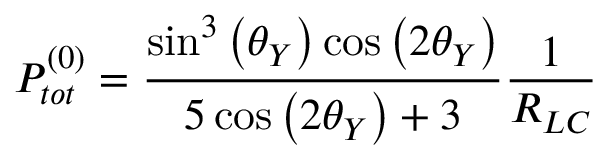
P _ { t o t } ^ { ( 0 ) } = \frac { \sin ^ { 3 } \left( \theta _ { Y } \right) \cos \left( 2 \theta _ { Y } \right) } { 5 \cos \left( 2 \theta _ { Y } \right) + 3 } \frac { 1 } { R _ { L C } }